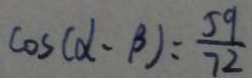
\cos ( \alpha - \beta ) : \frac { 5 9 } { 7 2 }